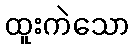
ထူးကဲသော